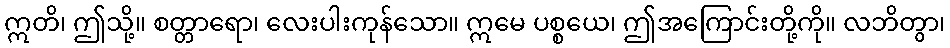
ဣတိ၊ ဤသို့။ စတ္တာရော၊ လေးပါးကုန်သော။ ဣမေ ပစ္စယေ၊ ဤအကြောင်းတို့ကို။ လဘိတွာ၊